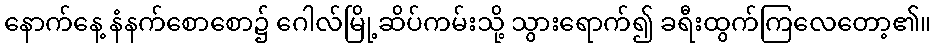
နောက်နေ့ နံနက်စောစော၌ ဂေါလ်မြို့ဆိပ်ကမ်းသို့ သွားရောက်၍ ခရီးထွက်ကြလေတော့၏။